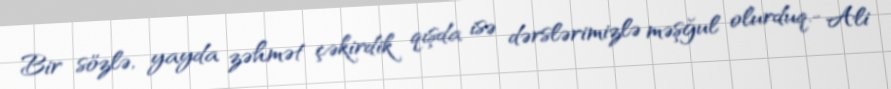
Bir sözlə, yayda zəhmət çəkirdik qışda isə dərslərimizlə məşğul olurduq.- Ali